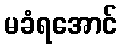
မခံရအောင်